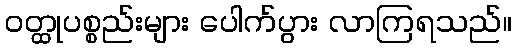
ဝတ္ထုပစ္စည်းများ ပေါက်ပွား လာကြရသည်။